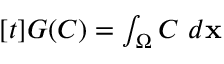
\begin{array} { r } { [ t ] G ( C ) = \int _ { \Omega } C \ d \mathbf { x } } \end{array}